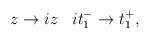
\begin{align*}z\rightarrow iz\;\;\;it_{1}^{-}\rightarrow t_{1}^{+},\end{align*}